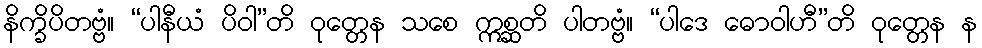
နိက္ခိပိတဗ္ဗံ။ “ပါနီယံ ပိဝါ”တိ ဝုတ္တေန သစေ ဣစ္ဆတိ ပါတဗ္ဗံ။ “ပါဒေ ဓောဝါဟီ”တိ ဝုတ္တေန န